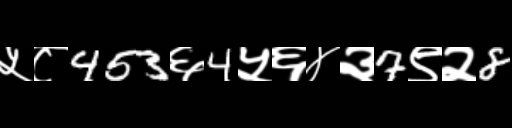
Text: ५८453६4५६४३7९२8